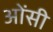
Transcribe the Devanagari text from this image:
ओंसी